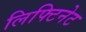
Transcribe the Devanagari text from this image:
लिफ्टिनेट